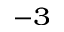
^ { - 3 }